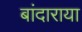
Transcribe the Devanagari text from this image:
बांदाराया